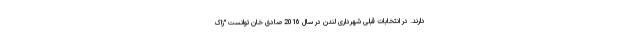
دارند. در انتخابات قبلی شهرداری لندن در سال 2016 صادق خان توانست "زاک